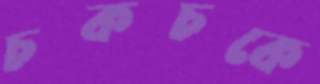
চকচকে